Civil Veterinary Department. Madras. Admin. report 1926-33 - 1926-1933
Year: 1926
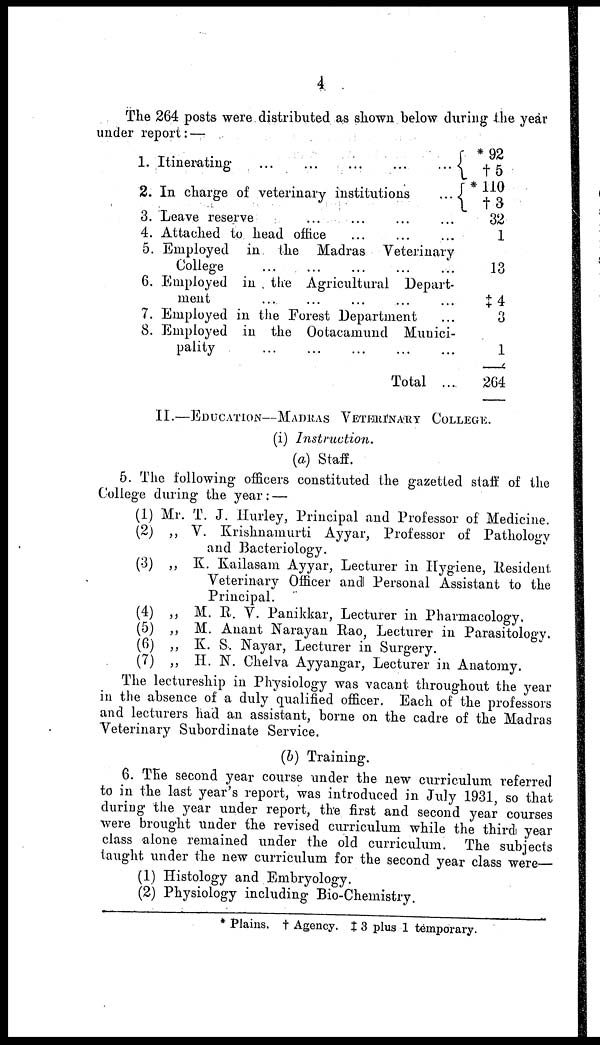
4
The 264 posts were distributed as shown below during the year
under report: —
1.
2.
3.
4.
5.
6.
7.
8.
Itinerating
...
...
...
...
...
In charge of veterinary institutions
...
Leave reserve ... ... ... ...
Attached to head office ... ... ...
Employed in the Madras
Veterinary
College ... ... ... ... ...
Employed in the Agricultural Depart-
ment ... ... ... ... ...
Employed in the Forest Department ...
Employed in the Ootacamund Munici-
pality
...
...
...
...
...
Total ...
* 92
†5
110
†3
32
1
13
‡4
3
1
264
II.—Education—Madras VETERTNARY College.
(i)
Instruction.
(a) Staff.
5. The following officers constituted the gazetted staff of the
College during the year: —
(1)
(2)
(3)
(4)
(5)
(6)
(7)
Mr. T. J. Hurley, Principal and Professor of Medicine.
„ V. Krishnamurti Ayyar, Professor of Pathology
and Bacteriology.
„ K. Kailasam Ayyar, Lecturer in Hygiene, Resident.
Veterinary Officer and Personal Assistant to the
Principal.
„ M. P. V. Panikkar, Lecturer in Pharmacology.
„ M. Anant Narayan Rao, Lecturer in Parasitology.
„ K. S. Nayar, Lecturer in Surgery.
„ H. N. Chelva Ayyangar, Lecturer in Anatomy.
The lectureship in Physiology was vacant throughout the year
in the absence of a duly qualified officer. Each of the professors
and lecturers had an assistant, borne on the cadre of the Madras
Veterinary Subordinate Service.
(b) Training.
6. The second year course under the new curriculum referred
to in the last year's report, was introduced in July 1931, so that
during the year under report, the first and second year courses
were brought under the revised curriculum while the third year
class alone remained under the old curriculum. The subjects
taught under the new curriculum for the second year class were—
(1) Histology and Embryology.
(2) Physiology including Bio-Chemistry.
* Plains, † Agency. ‡ 3 plus 1 temporary.